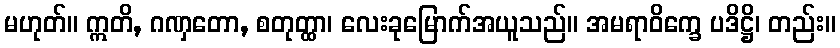
မဟုတ်။ ဣတိ, ဂဏှတော, စတုတ္ထာ၊ လေးခုမြောက်အယူသည်။ အမရာဝိက္ခေ ပဒိဋ္ဌိ၊ တည်း။